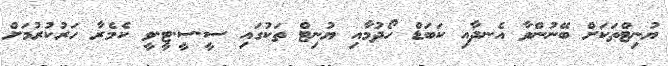
ޔުނިޓްތަކަށް ބޭނުންވާ އެނދާއި ކަބަޑް ހޯދުމާއި ޔުނިޓް ތަކުގައި ސީ.ސީ.ޓީ.ވީ ކެމެރާ ހަރުކުރުމަށް